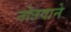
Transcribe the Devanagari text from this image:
नोतवाने